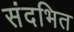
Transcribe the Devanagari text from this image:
संदभित